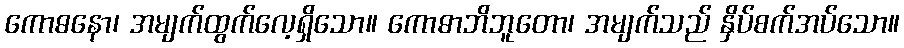
ကောဓနော၊ အမျက်ထွက်လေ့ရှိသော။ ကောဓာဘိဘူတော၊ အမျက်သည် နှိပ်စက်အပ်သော။